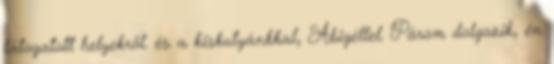
látogatott helyekről. és a kiskutyánkkal, Abigéllel. Párom dolgozik, én